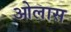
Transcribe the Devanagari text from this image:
ओलास